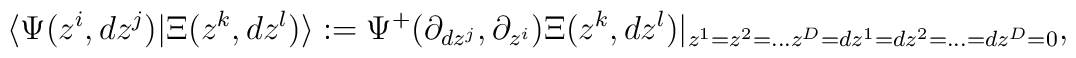
\langle \Psi(z^i,dz^j)|\Xi(z^k,dz^l)\rangle :=\Psi^+(\partial_{dz^j} , \partial_{z^i})\Xi(z^k,dz^l)|_{z^1=z^2=...z^D=dz^1=dz^2=...=dz^D=0},